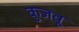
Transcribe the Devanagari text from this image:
कुजवू